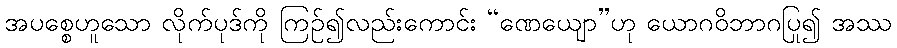
အပစ္စေဟူသော လိုက်ပုဒ်ကို ကြဉ်၍လည်းကောင်း “ဏေယျော”ဟု ယောဂဝိဘာဂပြု၍ အဿ